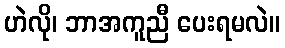
ဟဲလို၊ ဘာအကူညီ ပေးရမလဲ။